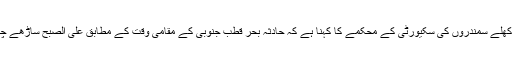
نیوزی لینڈ کی کھلے سمندروں کی سکیورٹی کے محکمے کا کہنا ہے کہ حادثہ بحر قطب جنوبی کے مقامی وقت کے مطابق علی الصبح ساڑھے چھ بجے پیش آیا۔